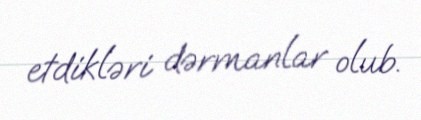
etdikləri dərmanlar olub.